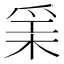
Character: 𱬻